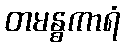
တမန္ဓကာရံ